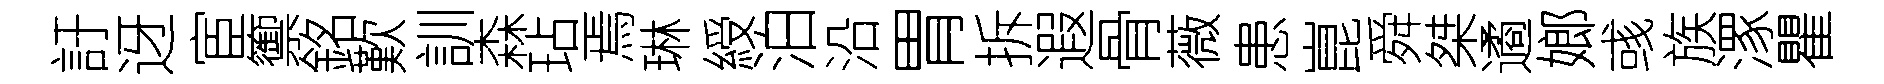
訏迓宦籞銘歎訓森玷焉琳綬泊沿胃拆遐骨薇患崑舜桀遹嫏彧族潈瞿